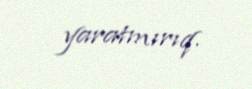
yaratmırıq.